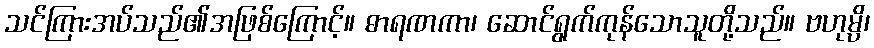
သင်ကြားအပ်သည်၏အဖြစ်ကြောင့်။ ဓာရဏကာ၊ ဆောင်ရွက်ကုန်သောသူတို့သည်။ ဗဟုမ္ပိ၊